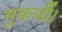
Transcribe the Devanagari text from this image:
मुकर्जी।